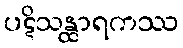
ပဋိသန္ထာရကဿ